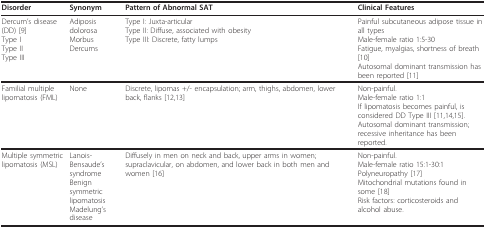
| Disorder | Synonym | Pattern of Abnormal SAT | Clinical Features |
 | --- | --- | --- | --- |
 | Dercum's disease (DD) [9]Type IType IIType III | Adiposis dolorosaMorbus Dercums | Type I: Juxta-articularType II: Diffuse, associated with obesityType III: Discrete, fatty lumps | Painful subcutaneous adipose tissue in all typesMale-female ratio 1:5-30Fatigue, myalgias, shortness of breath [10]Autosomal dominant transmission has been reported [11] |
 | Familial multiple lipomatosis (FML) | None | Discrete, lipomas +/- encapsulation; arm, thighs, abdomen, lower back, flanks [12,13] | Non-painful.Male-female ratio 1:1If lipomatosis becomes painful, is considered DD Type III [11,14,15].Autosomal dominant transmission; recessive inheritance has been reported. |
 | Multiple symmetric lipomatosis (MSL) | Lanois-Bensaude's syndromeBenign symmetric lipomatosisMadelung's disease | Diffusely in men on neck and back, upper arms in women; supraclavicular, on abdomen, and lower back in both men and women [16] | Non-painful.Male-female ratio 15:1-30:1Polyneuropathy [17]Mitochondrial mutations found in some [18]Risk factors: corticosteroids and alcohol abuse. |